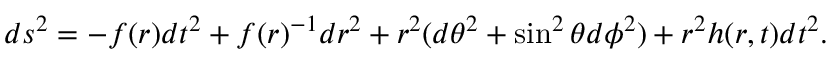
d s ^ { 2 } = - f ( r ) d t ^ { 2 } + f ( r ) ^ { - 1 } d r ^ { 2 } + r ^ { 2 } ( d \theta ^ { 2 } + \sin ^ { 2 } \theta d \phi ^ { 2 } ) + r ^ { 2 } h ( r , t ) d t ^ { 2 } .